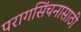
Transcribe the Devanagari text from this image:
परागसिंचनासाठी